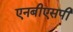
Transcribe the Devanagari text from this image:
एनबीएसपी